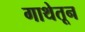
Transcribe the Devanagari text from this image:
गाथेतून